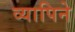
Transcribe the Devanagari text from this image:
व्यापिने